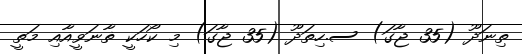
ތިނަދޫ (35 ޖާގަ) ސ.ހިތަދޫ (35 ޖާގަ) މި ކޯހަކީ ޡާނަވީއާއި މަތީ